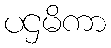
ပဌမိကာ